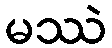
မဿဲ